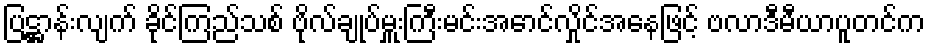
ပြဋ္ဌာန်းလျက် ခိုင်ကြည်သစ် ဗိုလ်ချုပ်မှူးကြီးမင်းအောင်လှိုင်အနေဖြင့် ဗလာဒီမီယာပူတင်က